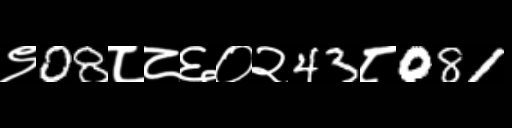
Text: ९08८८६०२43८081